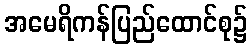
အမေရိကန်ပြည်ထောင်စု၌